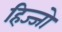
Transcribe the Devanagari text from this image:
हिज्जो